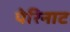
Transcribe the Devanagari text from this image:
पेरिनाट